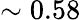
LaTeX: \sim 0.58